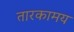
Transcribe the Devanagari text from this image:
तारकामय